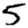
Digit: 5